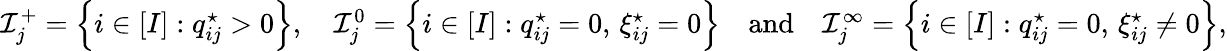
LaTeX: \begin{array}{r}{\mathcal I_{j}^{+}=\left\{ i\in[I]:q_{ij}^{\star}>0\right\} ,\quad\mathcal I_{j}^{0}=\left\{ i\in[I]:q_{ij}^{\star}=0,\, \xi_{ij}^{\star}=0\right\} \quad\mathrm{and}\quad\mathcal I_{j}^{\infty}=\left\{ i\in[I]:q_{ij}^{\star}=0,\, \xi_{ij}^{\star}\neq 0\right\} ,}\end{array}